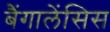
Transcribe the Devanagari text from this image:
बैंगालेंसिस